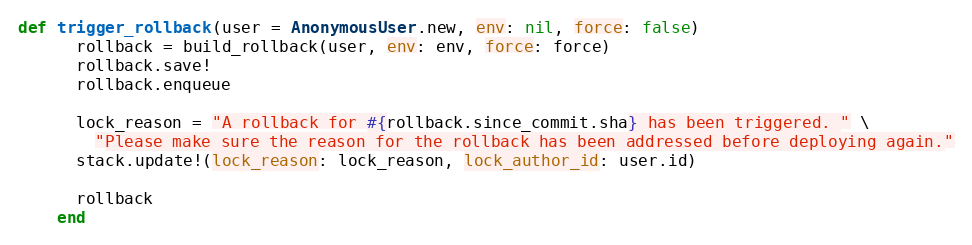
Language: Ruby
def trigger_rollback(user = AnonymousUser.new, env: nil, force: false)
      rollback = build_rollback(user, env: env, force: force)
      rollback.save!
      rollback.enqueue

      lock_reason = "A rollback for #{rollback.since_commit.sha} has been triggered. " \
        "Please make sure the reason for the rollback has been addressed before deploying again."
      stack.update!(lock_reason: lock_reason, lock_author_id: user.id)

      rollback
    end